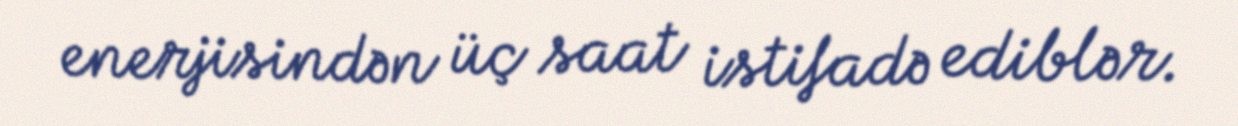
enerjisindən üç saat istifadə ediblər.